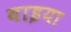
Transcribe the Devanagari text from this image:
वाइया